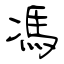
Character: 馮